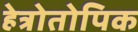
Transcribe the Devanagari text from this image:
हेत्रोतोपिक